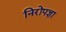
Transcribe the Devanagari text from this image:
निरोपज्ञा